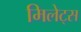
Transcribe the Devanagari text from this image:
मिलेट्स